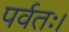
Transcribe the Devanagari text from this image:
पर्वतः।